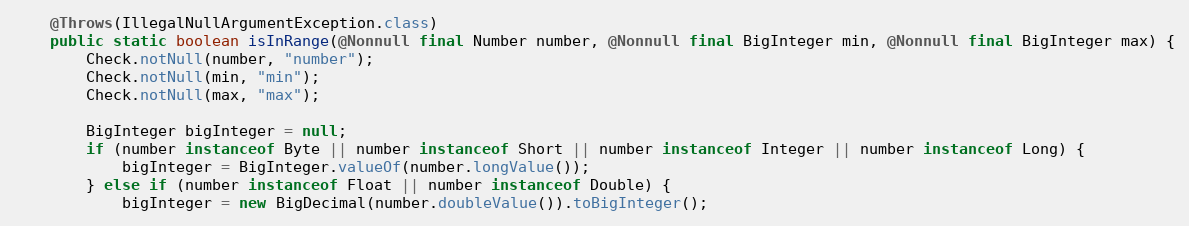
Language: Java
	@Throws(IllegalNullArgumentException.class)
	public static boolean isInRange(@Nonnull final Number number, @Nonnull final BigInteger min, @Nonnull final BigInteger max) {
		Check.notNull(number, "number");
		Check.notNull(min, "min");
		Check.notNull(max, "max");

		BigInteger bigInteger = null;
		if (number instanceof Byte || number instanceof Short || number instanceof Integer || number instanceof Long) {
			bigInteger = BigInteger.valueOf(number.longValue());
		} else if (number instanceof Float || number instanceof Double) {
			bigInteger = new BigDecimal(number.doubleValue()).toBigInteger();